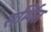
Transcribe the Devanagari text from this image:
सर्म्पित